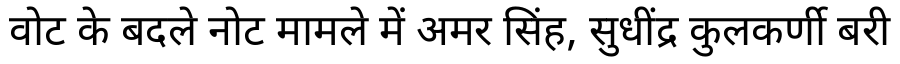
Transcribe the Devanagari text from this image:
वोट के बदले नोट मामले में अमर सिंह, सुधींद्र कुलकर्णी बरी